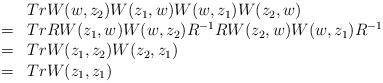
LaTeX: \begin{align*}\begin{array}{rl}&Tr W(w,z_2)W(z_1,w)W(w,z_1)W(z_2,w) \\=&Tr RW(z_1,w)W(w,z_2)R^{-1}RW(z_2,w)W(w,z_1)R^{-1} \\=&Tr W(z_1,z_2)W(z_2,z_1) \\=&Tr W(z_1,z_1) \end{array}\end{align*}